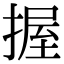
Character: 握